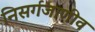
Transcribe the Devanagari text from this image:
निसर्गजाणीव